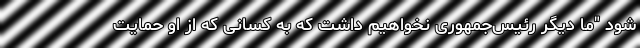
شود "ما دیگر رئیس‌جمهوری نخواهیم داشت که به کسانی که از او حمایت